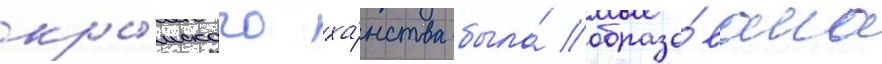
кры́мского ха́нства была́ образо́вана